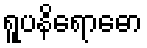
ရူပနိရောဓော